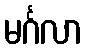
မင်္ဂလာ